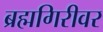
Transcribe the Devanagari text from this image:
ब्रह्मगिरीवर